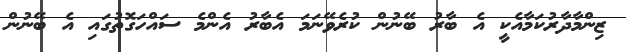
ޒިންމާދާރުކަމާއެކީ އެ ބާރު ބޭނުން ކުރެވޭނަމަ އެބާރު އެންމެ ސައްހަގޮތުގައި އެ ބޭނުން